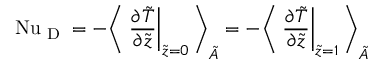
\ifmmode \mathrm { N u } _ { \textrm { D } } \else \mathrm { N u } _ { \textrm { D } } \fi = - \Bigg \langle \left. \frac { \partial \tilde { T } } { \partial \tilde { z } } \right| _ { \tilde { z } = 0 } \Bigg \rangle _ { \tilde { A } } = - \Bigg \langle \left. \frac { \partial \tilde { T } } { \partial \tilde { z } } \right| _ { \tilde { z } = 1 } \Bigg \rangle _ { \tilde { A } }